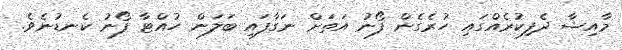
މާއިޝާ ދެފިކުރެއްގައި ހުރެގެން ފޯނު އަތަށް ނަގާފައި ބަލަން ހުއްޓާ ފޯނު ކެނޑުނެވެ.